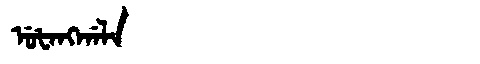
Manchu: ᡠᡶᠠᠩᡤᠠᠯᠠ
Romanization: UFANGGALA